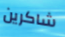
شاكرين